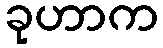
ခုဟာက